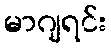
မာဂျရင်း